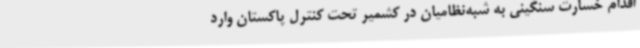
اقدام خسارت سنگینی به شبه‌نظامیان در کشمیر تحت کنترل پاکستان وارد